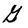
Character: G